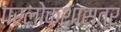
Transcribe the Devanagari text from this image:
परलोकशास्त्र